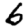
Digit: 6